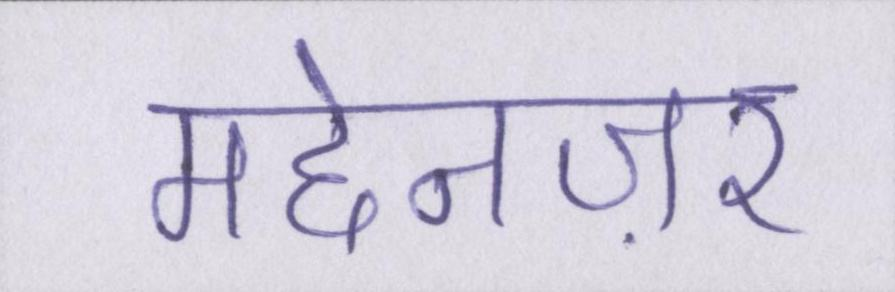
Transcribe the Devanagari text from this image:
मद्देनज़र